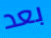
بعد